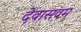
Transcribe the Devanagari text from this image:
देवासवम